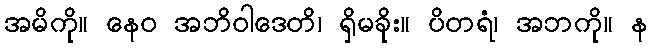
အမိကို။ နေဝ အဘိဝါဒေတိ၊ ရှိမခိုး။ ပိတရံ၊ အဘကို။ န